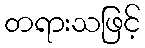
တရားသဖြင့်